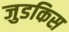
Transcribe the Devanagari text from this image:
जुडकिस